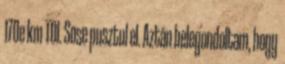
170e km TDI. Sose pusztul el. Aztán belegondoltam, hogy